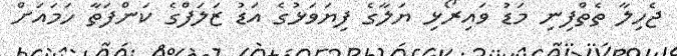
ޖެހިލާ ތެތްފިނި މަޑު ވައިރޯޅި ޔަލާގެ ފިޔަވަޅުގެ އަޑު ޒަލަފްގެ ކަންފަތާ ހަމައަށް